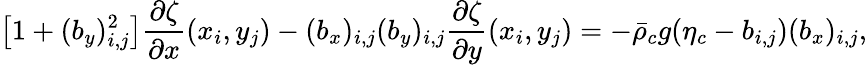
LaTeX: \left[1+(b_{y})_{i,j}^{2}\right]\frac{\partial\zeta}{\partial x}(x_{i},y_{j})-(b_{x})_{i,j}(b_{y})_{i,j}\frac{\partial\zeta}{\partial y}(x_{i},y_{j})=-\bar{\rho}_{c}g(\eta_{c}-b_{i,j})(b_{x})_{i,j},